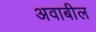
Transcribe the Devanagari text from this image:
अवाबील